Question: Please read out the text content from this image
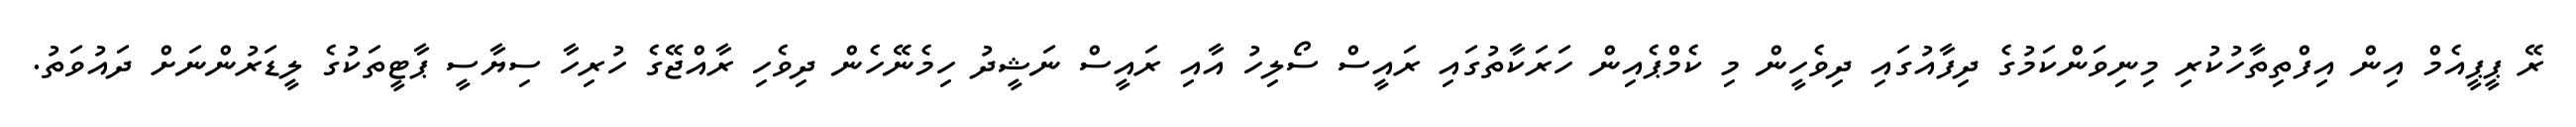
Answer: ރޭ ޕީޕީއެމް އިން އިފްތިތާހުކުރި މިނިވަންކަމުގެ ދިފާއުގައި ދިވެހީން މި ކެމްޕެއިން ހަރަކާތުގައި ރައީސް ސޯލިހު އާއި ރައީސް ނަޝީދު ހިމެނޭހެން ދިވެހި ރާއްޖޭގެ ހުރިހާ ސިޔާސީ ޕާޓީތަކުގެ ލީޑަރުންނަށް ދައުވަތު.